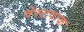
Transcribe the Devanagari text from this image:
वेस्टपाक